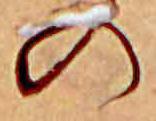
の